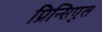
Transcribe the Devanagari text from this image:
प्रिन्सिपुल